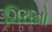
ગિરાનો